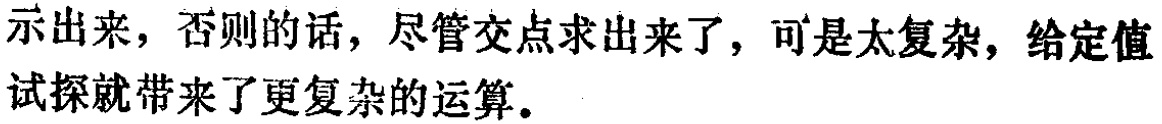
示出来，否则的话，尽管交点求出来了，可是太复杂，给定值试探就带来了更复杂的运算。